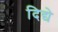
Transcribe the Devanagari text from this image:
दिद्ये